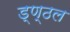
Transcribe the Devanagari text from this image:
ड्ण्ठल